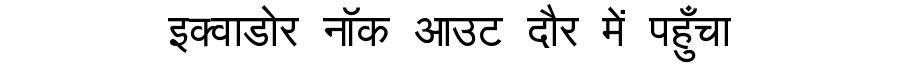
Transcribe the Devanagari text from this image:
इक्वाडोर नॉक आउट दौर में पहुँचा